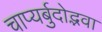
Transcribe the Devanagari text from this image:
चाप्यर्बुदोद्भवा